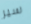
سير